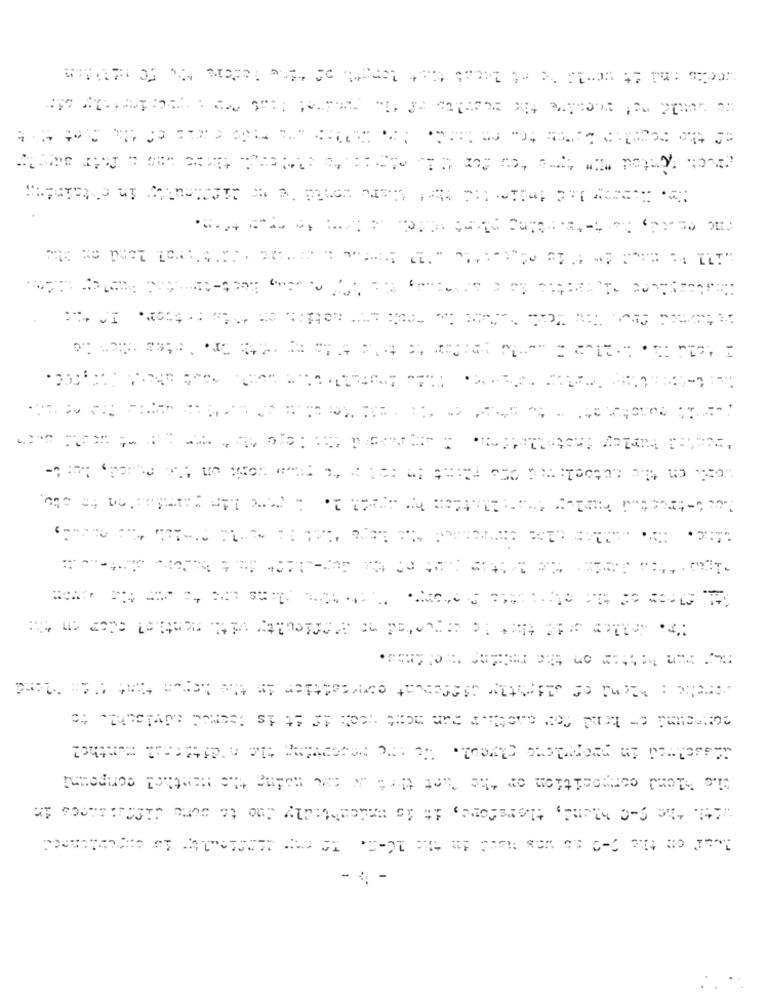
corround or hand for caother run ment sech if it is Seemed adylothl. to
with the C-O Mend, therefore, it is undeaktidly due to sere diffhaines in
- 4 -